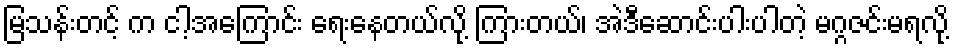
မြသန်းတင့် က ငါ့အကြောင်း ရေးနေတယ်လို့ ကြားတယ်၊ အဲဒီဆောင်းပါးပါတဲ့ မဂ္ဂဇင်းမရလို့